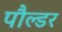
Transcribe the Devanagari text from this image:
पौल्डर